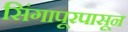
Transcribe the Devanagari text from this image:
सिंगापूरपासून